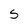
Character: S